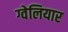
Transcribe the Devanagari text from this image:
ग्वेलियार